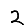
Digit: 2